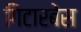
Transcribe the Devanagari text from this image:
गिटारबेस